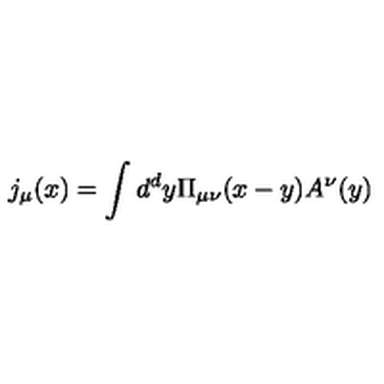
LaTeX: j _ { \mu } ( x ) = \int d ^ { d } y \Pi _ { \mu \nu } ( x - y ) A ^ { \nu } ( y )